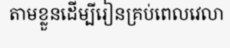
តាមខ្លួនដើម្បីរៀនគ្រប់ពេលវេលា